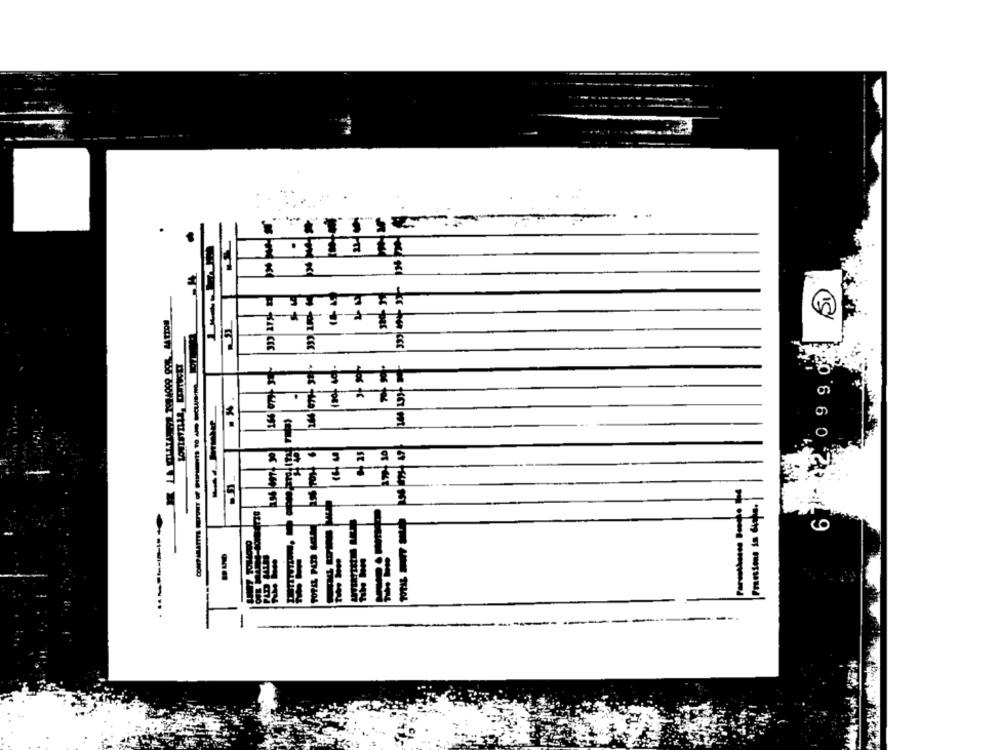
. ..
-
bes
ITTE IT
Praesions in dichs.
10 6 6 0 20 -1 9
-
-